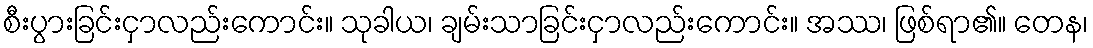
စီးပွားခြင်းငှာလည်းကောင်း။ သုခါယ၊ ချမ်းသာခြင်းငှာလည်းကောင်း။ အဿ၊ ဖြစ်ရာ၏။ တေန၊